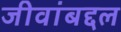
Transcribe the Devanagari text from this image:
जीवांबद्दल